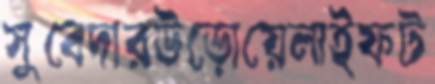
সুবেদারউড়োয়েলাইফট